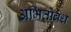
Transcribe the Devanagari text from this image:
अभितोवर्ध